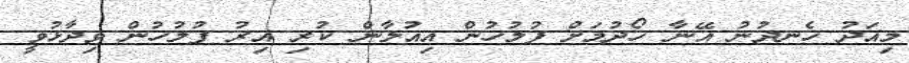
މިއަދު ހެނދުނު އޭނާ ހޯދުމަށް ފުލުހުން އިއުލާން ކުރި އިރު ފުލުހުން ވިދާޅުވީ